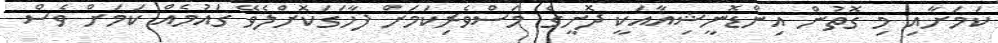
ކަމަށާއި މި ގޮތުން އިންޑޮނީޝިއާއަކީ ދޮށީގެ މަސްވެރިކަމަށް ފާހަގަކޮށްލެވޭ ގައުމެއް ކަމަށް ވެސް